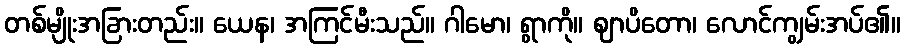
တစ်မျိုးအခြားတည်း။ ယေန၊ အကြင်မီးသည်။ ဂါမော၊ ရွာကို။ ဈာပိတော၊ လောင်ကျွမ်းအပ်၏။